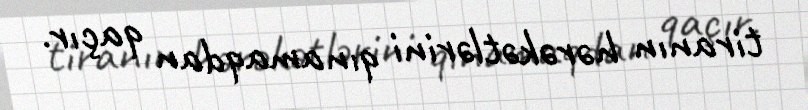
tiranın hərəkətlərini qınamaqdan qaçır.